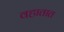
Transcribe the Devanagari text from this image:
वहातात